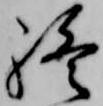
終